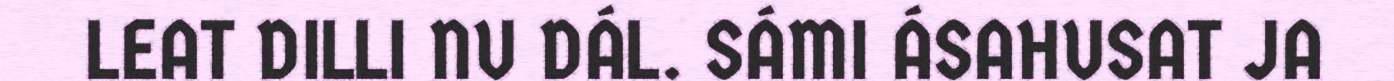
LEAT DILLI NU DÁL. SÁMI ÁSAHUSAT JA